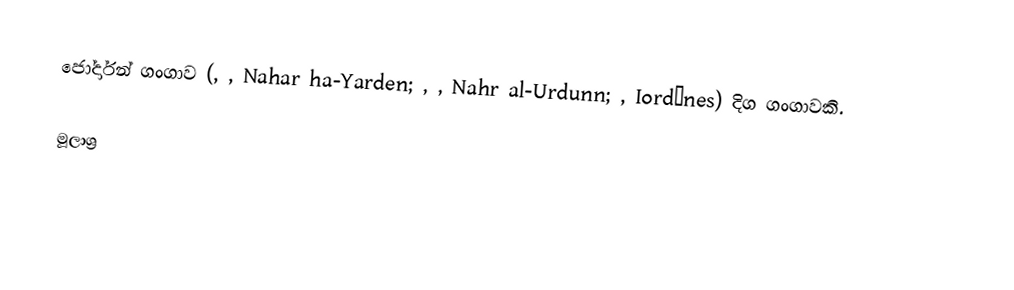
ජෝර්දාන් ගංගාව (, , Nahar ha-Yarden; , , Nahr al-Urdunn; , Iordànes)  දිග ගංගාවකි.

මූලාශ්‍ර